Indian journal of veterinary science and animal husbandry - Volumes 22-23, 1952-1953
Year: 1952
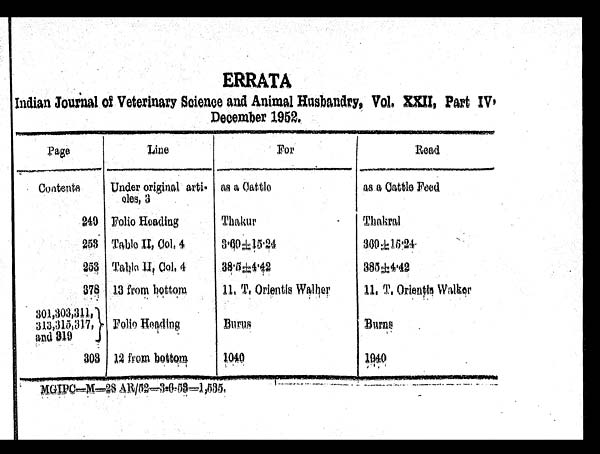
ERRATA
Indian Journal of Veterinary Science and Animal Husbandry, Vol. XXII, Part IV.
December 1952.
Page
Contents
249
253
253
378
301,303,311,
313,315,317,
and 319
303
Line
Under original arti-
cles, 3
Folio Heading
Table II, Col. 4
Table II, Col. 4
13 from bottom
Folio Heading
12 from bottom
For
as a Cattle
Thakur
3.69 ±15.24
38.5±4.42
11, T, Orientis Walher
Burns
1040
Read
as a Cattle Feed
Thakral
369 ±15.24
385±4.42
11, T. Orientis Walker
Burns
1940
MGIPC–M–28 AR/52–3-6-53=1,535.